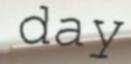
day